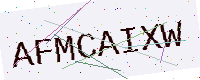
Text: AFMCAIXW